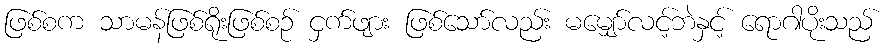
ဖြစ်စက သာမန်ဖြစ်ရိုးဖြစ်စဉ် ငှက်ဖျား ဖြစ်သော်လည်း မမျှော်လင့်ဘဲနှင့် ရောဂါပိုးသည်